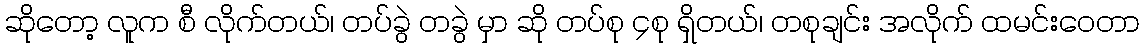
ဆိုတော့ လူက စီ လိုက်တယ်၊ တပ်ခွဲ တခွဲ မှာ ဆို တပ်စု ၄စု ရှိတယ်၊ တစုချင်း အလိုက် ထမင်းဝေတာ